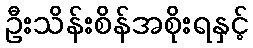
ဦးသိန်းစိန်အစိုးရနှင့်